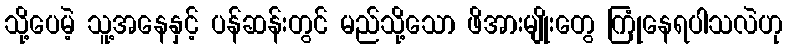
သို့ပေမဲ့ သူ့အနေနှင့် ပန်ဆန်းတွင် မည်သို့သော ဖိအားမျိုးတွေ ကြုံနေရပါသလဲဟု